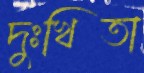
দুঃখিতা